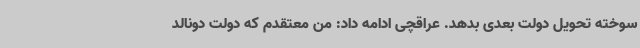
سوخته تحویل دولت بعدی بدهد. عراقچی ادامه داد: من معتقدم که دولت دونالد